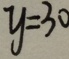
y = 3 0